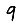
Digit: 9